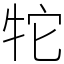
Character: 㸰